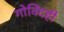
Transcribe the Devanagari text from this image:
गोविंदही